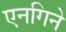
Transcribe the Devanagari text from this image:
एनगिने